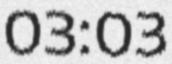
03:03